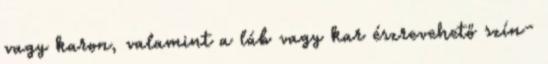
vagy karon, valamint a láb vagy kar észrevehető szín-